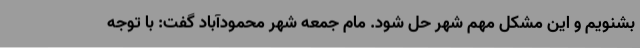
بشنویم و این مشکل مهم شهر حل شود. مام جمعه شهر محمودآباد گفت: با توجه